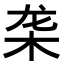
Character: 𬺜